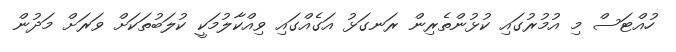
ހުއްޓަސް މި އުމުރުގައި ކުޅުންތެރިން ރަނގަޅު އަގެއްގައި ވިއްކާލުމަކީ ކުލަބުތަކަށް ވަރަށް މަދުން